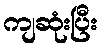
ကျဆုံးပြီး